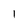
Character: l